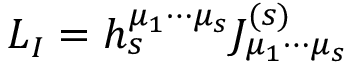
{ \cal L } _ { I } = h _ { s } ^ { \mu _ { 1 } \cdots \mu _ { s } } { \cal J } _ { \mu _ { 1 } \cdots \mu _ { s } } ^ { ( s ) }